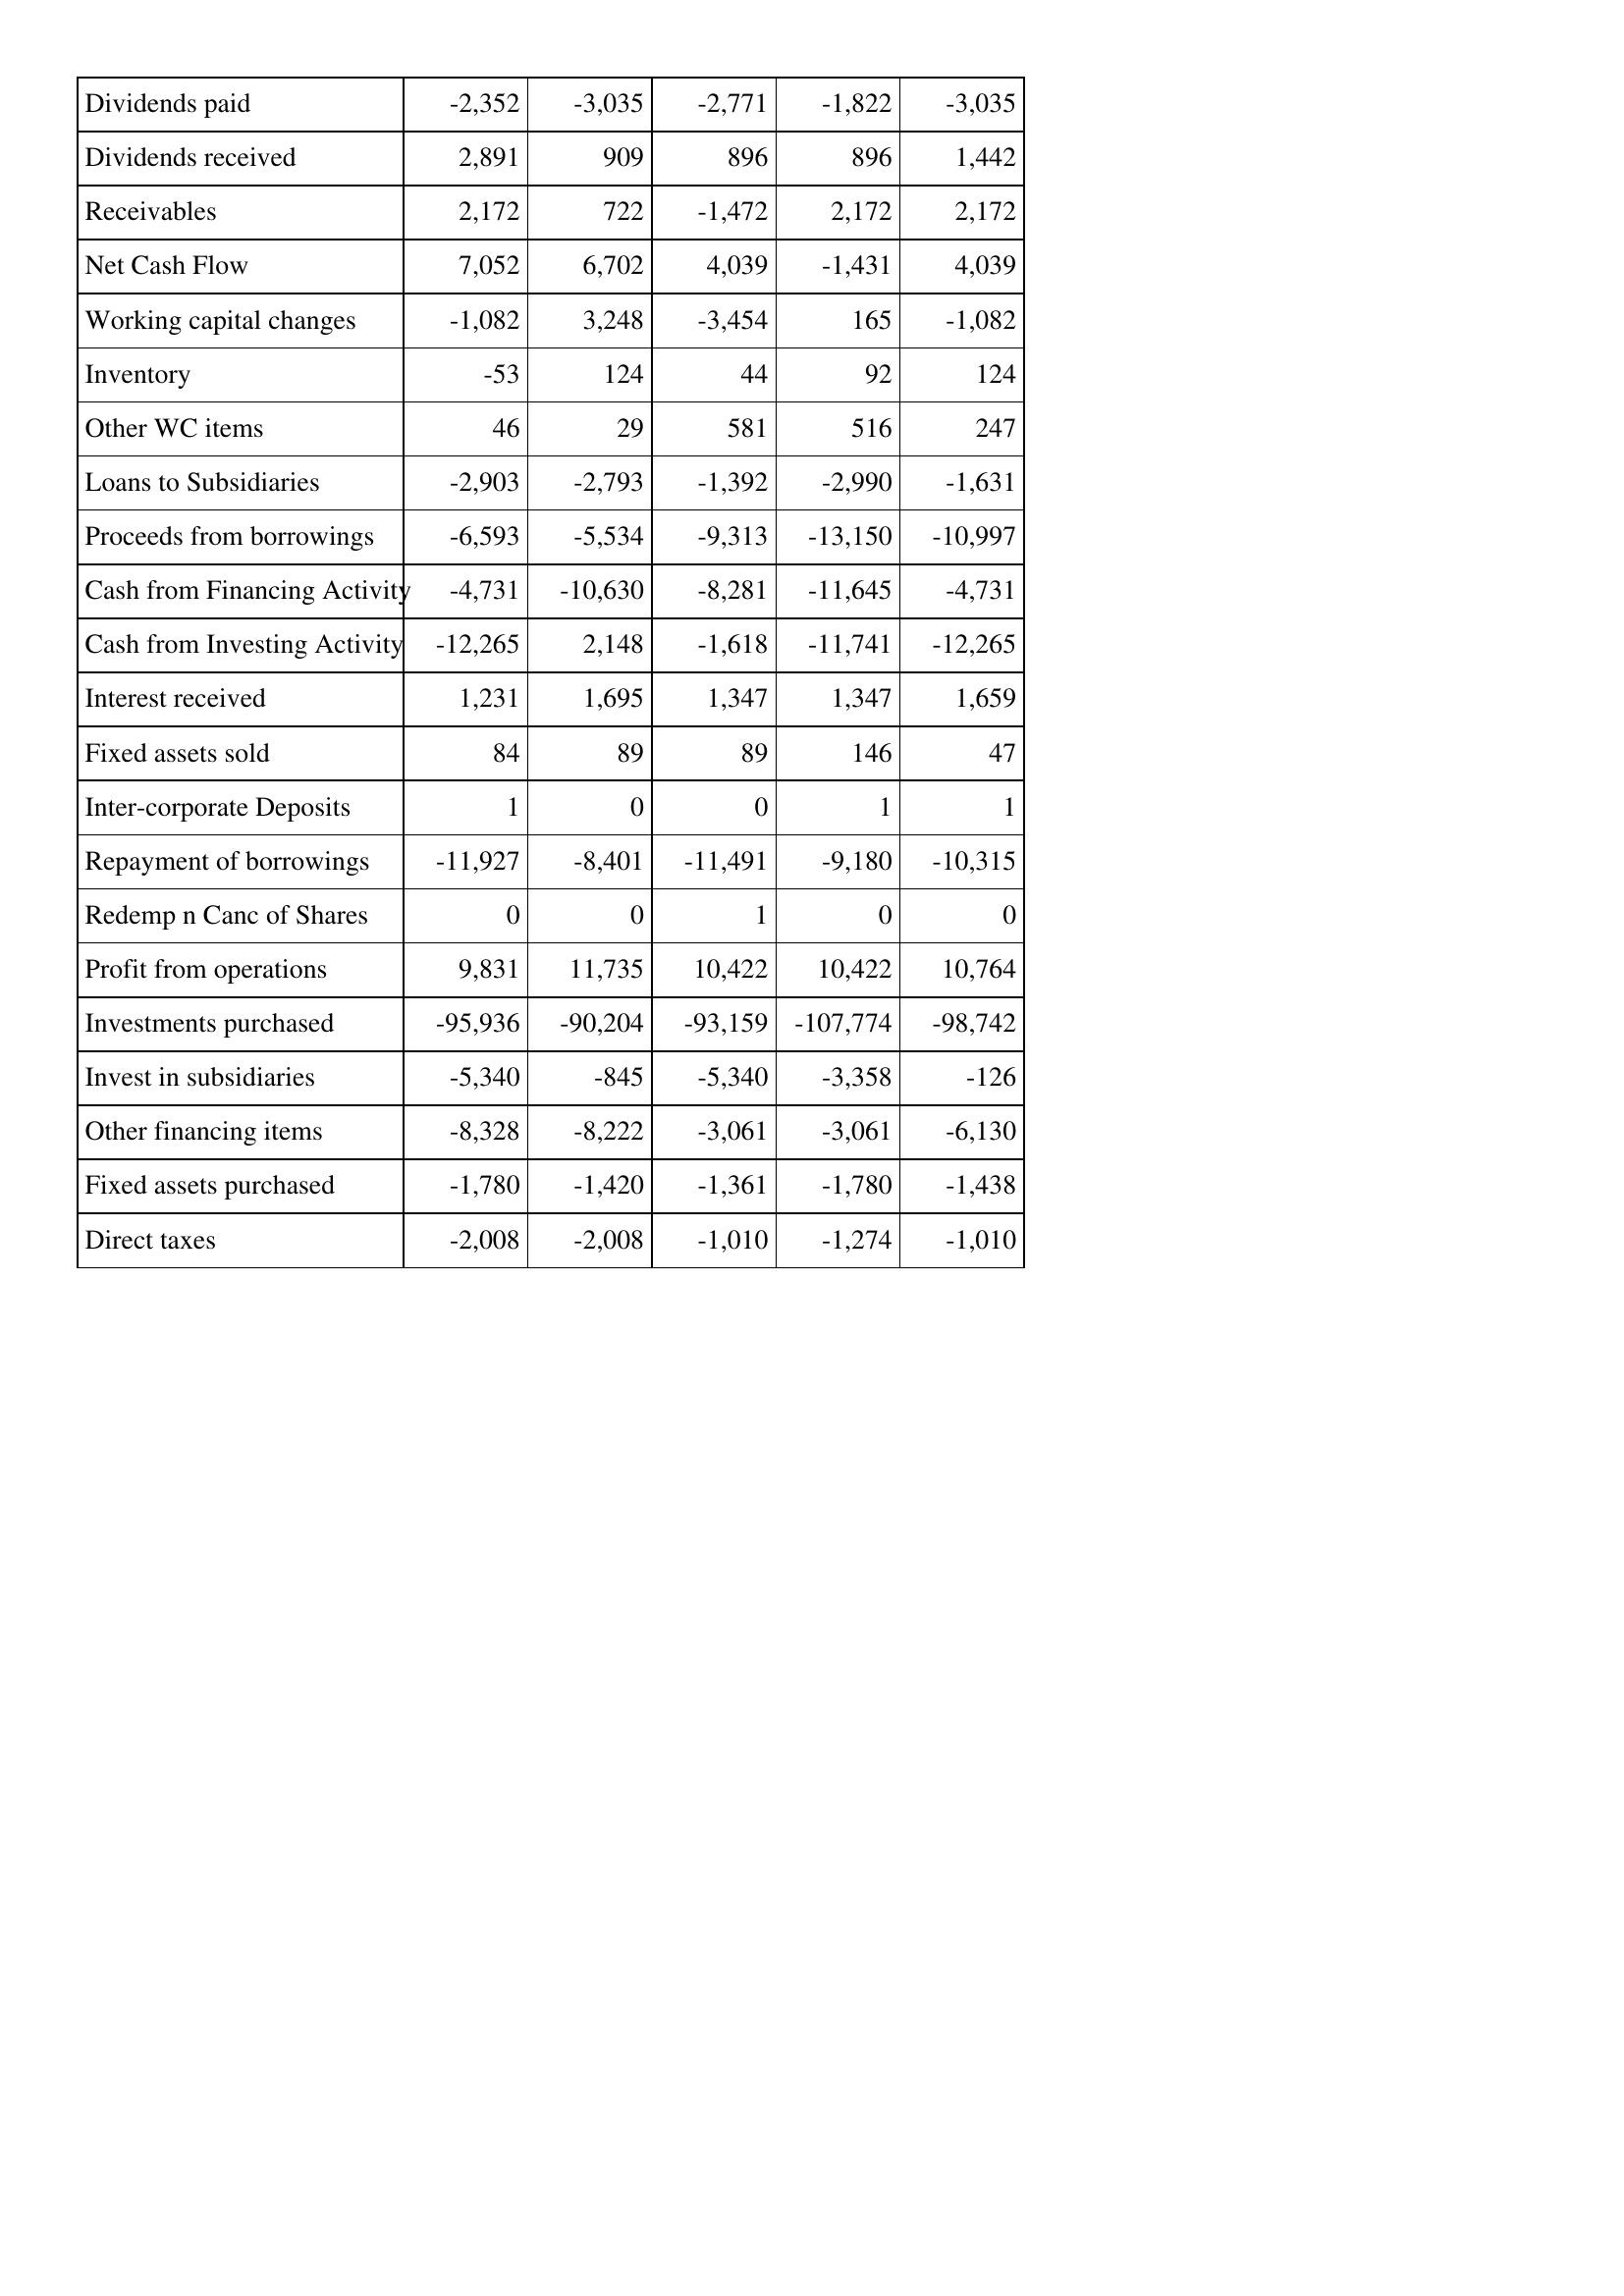
Apr-15: Cash Flows: Dividends paid: -2,352
Dividends received: 2,891
Receivables: 2,172
Net Cash Flow: 7,052
Working capital changes: -1,082
Inventory: -53
Other WC items: 46
Loans to Subsidiaries: -2,903
Proceeds from borrowings: -6,593
Cash from Financing Activity: -4,731
Cash from Investing Activity: -12,265
Interest received: 1,231
Fixed assets sold: 84
Inter-corporate Deposits: 1
Repayment of borrowings: -11,927
Redemp n Canc of Shares: 0
Profit from operations: 9,831
Investments purchased: -95,936
Invest in subsidiaries: -5,340
Other financing items: -8,328
Fixed assets purchased: -1,780
Direct taxes: -2,008
Apr-14: Cash Flows: Dividends paid: -3,035
Dividends received: 909
Receivables: 722
Net Cash Flow: 6,702
Working capital changes: 3,248
Inventory: 124
Other WC items: 29
Loans to Subsidiaries: -2,793
Proceeds from borrowings: -5,534
Cash from Financing Activity: -10,630
Cash from Investing Activity: 2,148
Interest received: 1,695
Fixed assets sold: 89
Inter-corporate Deposits: 0
Repayment of borrowings: -8,401
Redemp n Canc of Shares: 0
Profit from operations: 11,735
Investments purchased: -90,204
Invest in subsidiaries: -845
Other financing items: -8,222
Fixed assets purchased: -1,420
Direct taxes: -2,008
Apr-13: Cash Flows: Dividends paid: -2,771
Dividends received: 896
Receivables: -1,472
Net Cash Flow: 4,039
Working capital changes: -3,454
Inventory: 44
Other WC items: 581
Loans to Subsidiaries: -1,392
Proceeds from borrowings: -9,313
Cash from Financing Activity: -8,281
Cash from Investing Activity: -1,618
Interest received: 1,347
Fixed assets sold: 89
Inter-corporate Deposits: 0
Repayment of borrowings: -11,491
Redemp n Canc of Shares: 1
Profit from operations: 10,422
Investments purchased: -93,159
Invest in subsidiaries: -5,340
Other financing items: -3,061
Fixed assets purchased: -1,361
Direct taxes: -1,010
Apr-12: Cash Flows: Dividends paid: -1,822
Dividends received: 896
Receivables: 2,172
Net Cash Flow: -1,431
Working capital changes: 165
Inventory: 92
Other WC items: 516
Loans to Subsidiaries: -2,990
Proceeds from borrowings: -13,150
Cash from Financing Activity: -11,645
Cash from Investing Activity: -11,741
Interest received: 1,347
Fixed assets sold: 146
Inter-corporate Deposits: 1
Repayment of borrowings: -9,180
Redemp n Canc of Shares: 0
Profit from operations: 10,422
Investments purchased: -107,774
Invest in subsidiaries: -3,358
Other financing items: -3,061
Fixed assets purchased: -1,780
Direct taxes: -1,274
Apr-11: Cash Flows: Dividends paid: -3,035
Dividends received: 1,442
Receivables: 2,172
Net Cash Flow: 4,039
Working capital changes: -1,082
Inventory: 124
Other WC items: 247
Loans to Subsidiaries: -1,631
Proceeds from borrowings: -10,997
Cash from Financing Activity: -4,731
Cash from Investing Activity: -12,265
Interest received: 1,659
Fixed assets sold: 47
Inter-corporate Deposits: 1
Repayment of borrowings: -10,315
Redemp n Canc of Shares: 0
Profit from operations: 10,764
Investments purchased: -98,742
Invest in subsidiaries: -126
Other financing items: -6,130
Fixed assets purchased: -1,438
Direct taxes: -1,010